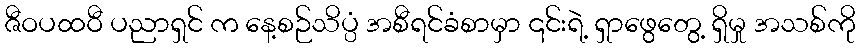
ဇီဝပထဝီ ပညာရှင် က နေ့စဉ်သိပ္ပံ အစီရင်ခံစာမှာ ၎င်းရဲ့ ရှာဖွေတွေ့ ရှိမှု အသစ်ကို